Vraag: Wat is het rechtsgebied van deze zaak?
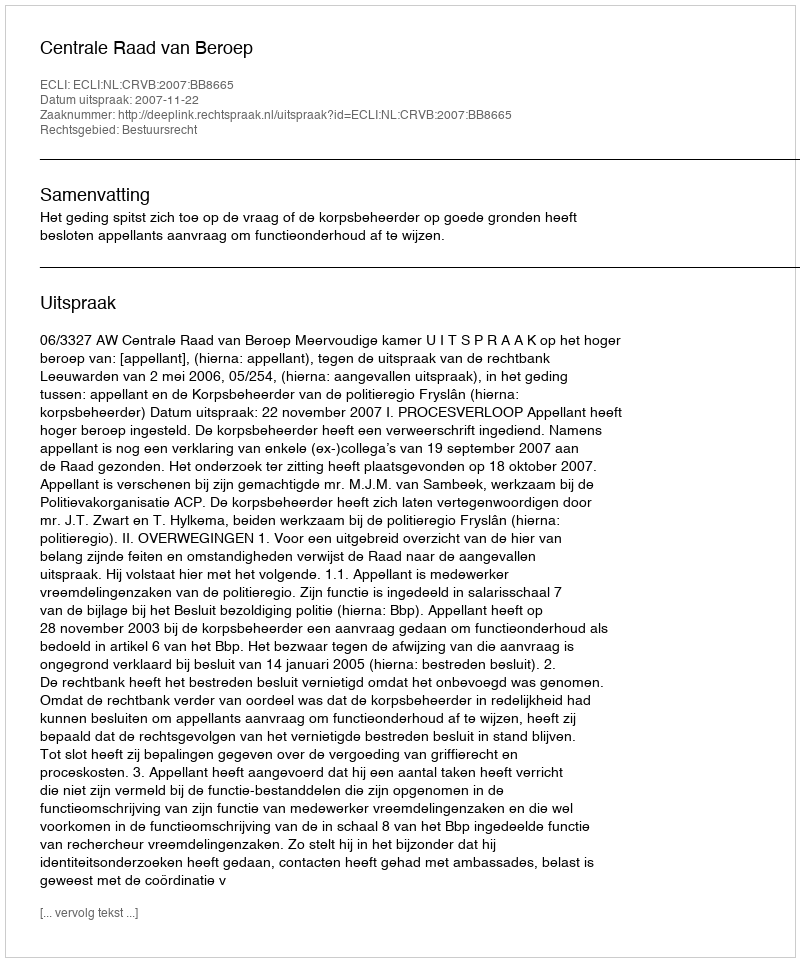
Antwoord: Bestuursrecht